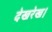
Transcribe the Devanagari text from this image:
देखरेख।